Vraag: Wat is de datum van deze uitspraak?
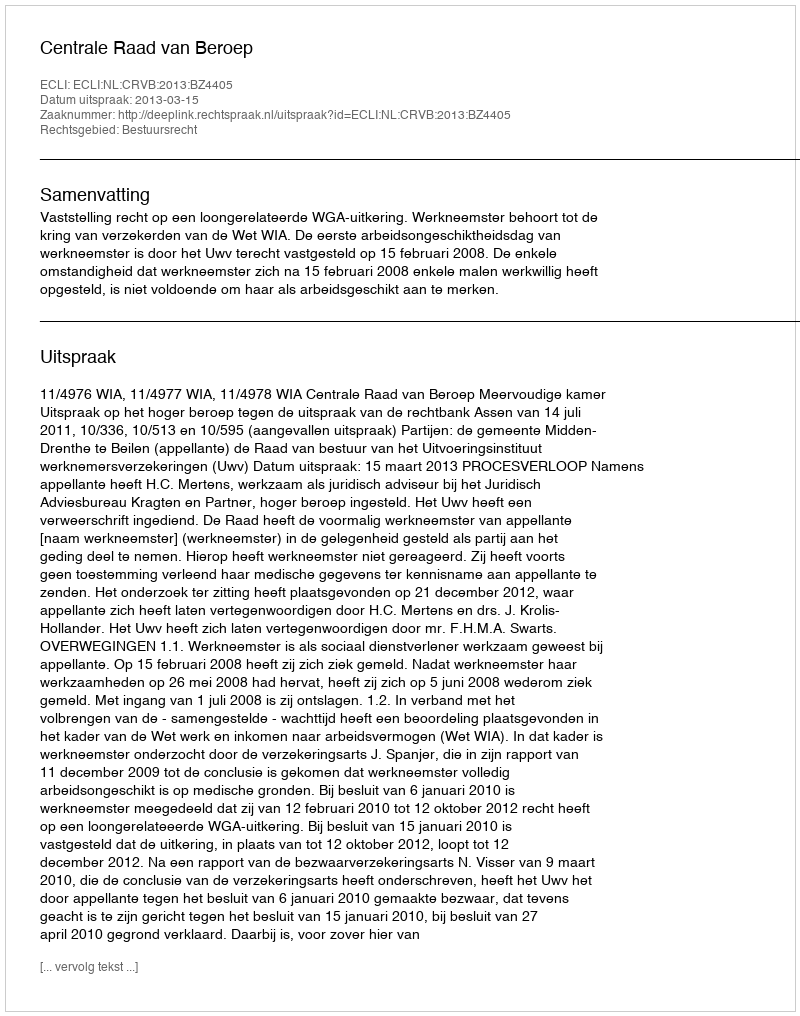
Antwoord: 2013-03-15